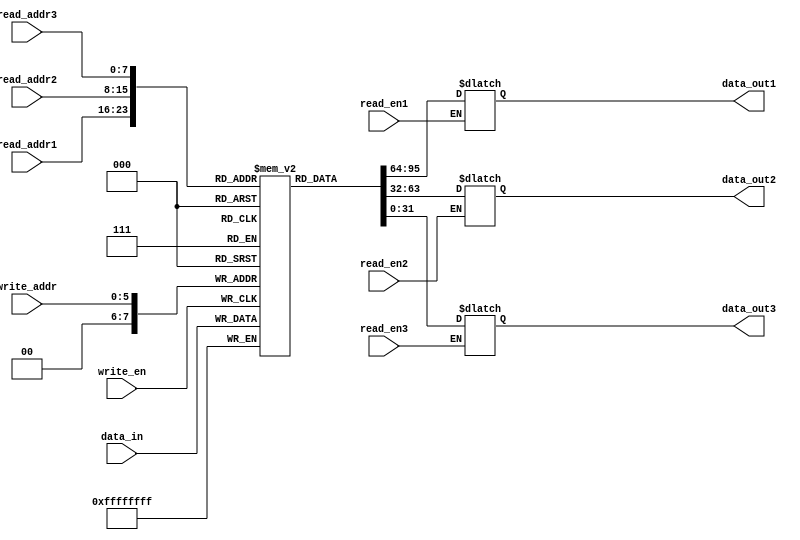
module register_file (
    input wire [7:0] read_addr1,
    input wire [7:0] read_addr2,
    input wire [7:0] read_addr3,
    input wire [5:0] write_addr,
    input wire [31:0] data_in,
    input wire read_en1,
    input wire read_en2,
    input wire read_en3,
    input wire write_en,
    output reg [31:0] data_out1,
    output reg [31:0] data_out2,
    output reg [31:0] data_out3
);

reg [31:0] mem [255:0]; // 256 registers of 32 bits each

always @ (posedge write_en)
begin
    if (write_en)
        mem[write_addr] <= data_in;
end 

always @ (read_en1 or read_en2 or read_en3 or write_addr)
begin
    if (read_en1)
        data_out1 <= mem[read_addr1];
    if (read_en2)
        data_out2 <= mem[read_addr2];
    if (read_en3)
        data_out3 <= mem[read_addr3];
end

endmodule